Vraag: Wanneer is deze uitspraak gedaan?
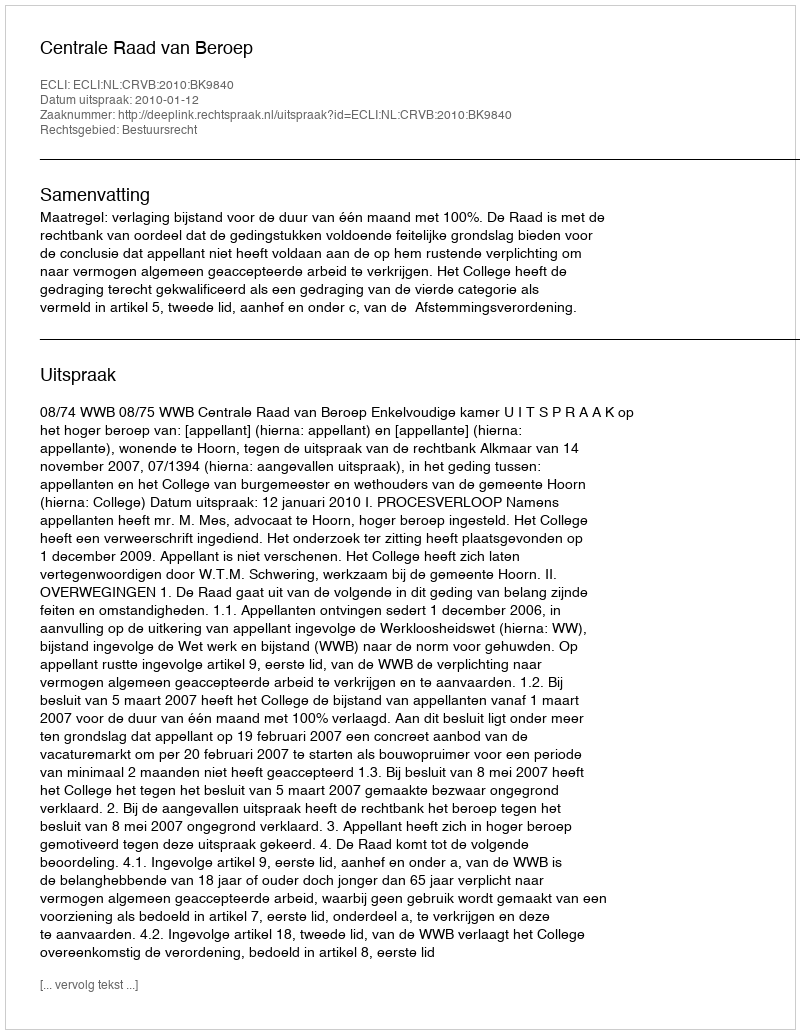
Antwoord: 2010-01-12